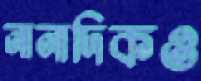
নানাদিকও